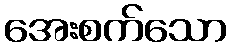
အေးစက်သော